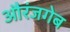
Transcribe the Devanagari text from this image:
औरंजगेब